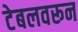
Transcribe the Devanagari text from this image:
टेबलवरून